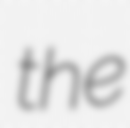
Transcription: the